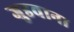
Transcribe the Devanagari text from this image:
जुडवाना